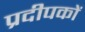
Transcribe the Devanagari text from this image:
प्रदीपकों